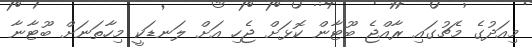
މިއަދުގެ މެޗުގައި ރާއްޖެ ބޫޓާން ކޮޅަށް ޖެހި އަށް ލަނޑަކީ މިހާތަނަށް ބޫޓާނާ